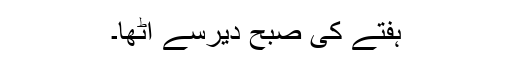
ہفتے کی صبح دیرسے اُٹھا۔